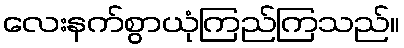
လေးနက်စွာယုံကြည်ကြသည်။